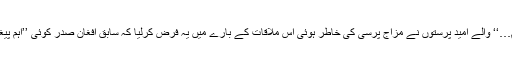
’’اب تک دل خوش فہم…‘‘ والے امید پرستوں نے مزاج پرسی کی خاطر ہوئی اس ملاقات کے بارے میں یہ فرض کرلیا کہ سابق افغان صدر کوئی ’’اہم پیغام‘‘ لے کر آئے تھے۔